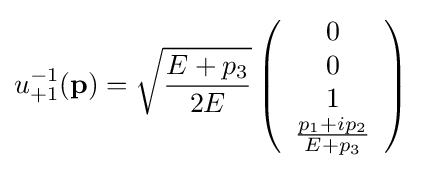
u_{+1}^{-1}(\mathbf {p} )={\sqrt {{E+p_{3}} \over 2E}}\left({\begin{array}{c}0\\0\\1\\{{p_{1}+ip_{2}} \over {E+p_{3}}}\end{array}}\right)